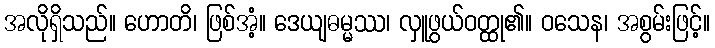
အလိုရှိသည်။ ဟောတိ၊ ဖြစ်အံံ့။ ဒေယျဓမ္မဿ၊ လှူဖွယ်ဝတ္ထု၏။ ဝသေန၊ အစွမ်းဖြင့်။